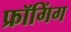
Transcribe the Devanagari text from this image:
फ्रॉगिंग